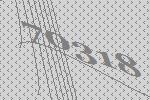
70318